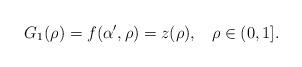
LaTeX: \begin{align*}G_1(\rho)=f(\alpha',\rho)=z(\rho),\;\;\; \rho\in(0,1].\end{align*}